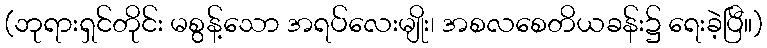
(ဘုရားရှင်တိုင်း မစွန့်သော အရပ်လေးမျိုး၊ အစလစေတိယခန်း၌ ရေးခဲ့ပြီ။)